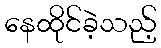
နေထိုင်ခဲ့သည့်